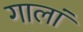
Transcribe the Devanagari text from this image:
गालां